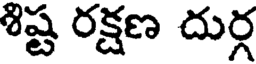
శిష్ట రక్షణ దుర్గ